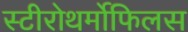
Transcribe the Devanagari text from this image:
स्टीरोथर्मोफिलस